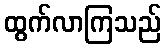
ထွက်လာကြသည်